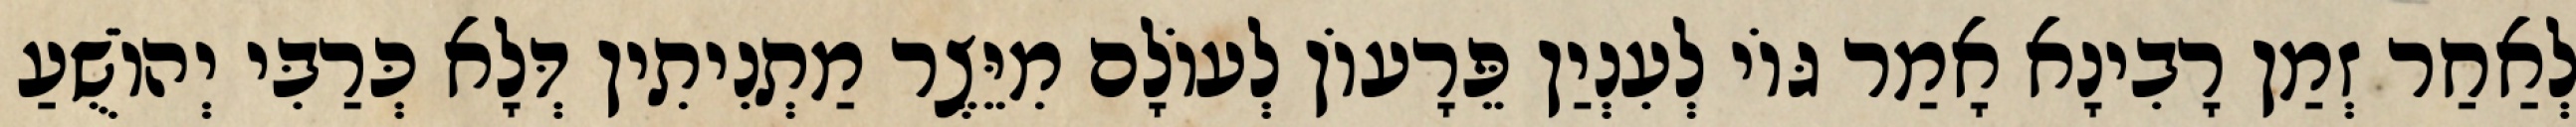
לְאַחַר זְמַן רָבִינָא אָמַר גּוֹי לְעִנְיַן פֵּרָעוֹן לְעוֹלָם מִיֵּצֶר מַתְנִיתִין דְּלָא כְּרַבִּי יְהוֹשֻׁעַ